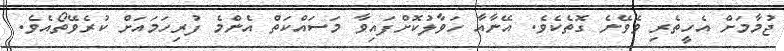
ޖުމާމަށް އެހީތެރި ވެވޭނެ ގޮތެކެވެ. އޭނާއާ ހަވާލުކޮށްފައިވާ މަސައްކަތް އެންމެ ފުރިހަމައަށް ކުރެވޭތޯއެވެ.